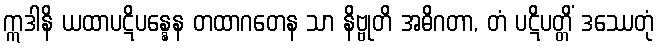
ဣဒါနိ ယထာပဋိပန္နေန တထာဂတေန သာ နိဗ္ဗုတိ အဓိဂတာ, တံ ပဋိပတ္တိံ ဒဿေတုံ